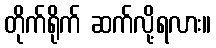
တိုက်ရိုက် ဆက်လို့ရလား။